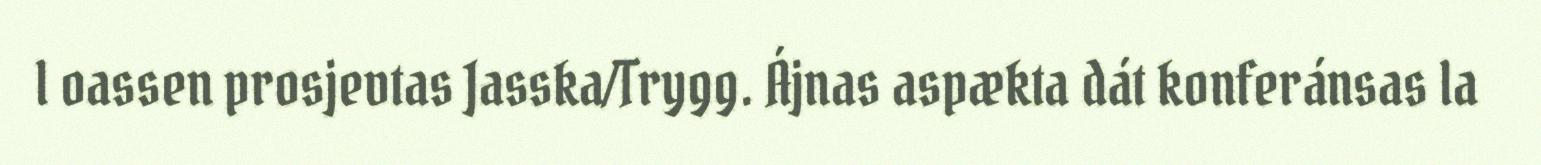
l oassen prosjevtas Jasska/Trygg. Ájnas aspækta dát konferánsas la